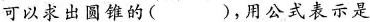
可以求出圆锥的( )，用公式表示是